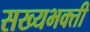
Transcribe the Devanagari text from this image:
सख्यभक्ती